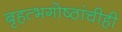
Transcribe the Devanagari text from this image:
बृहत्भगोष्ठांचीही